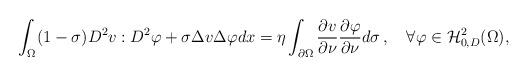
LaTeX: \begin{align*}\int_{\Omega}(1-\sigma)D^2 v:D^2\varphi +\sigma\Delta v\Delta\varphi dx=\eta\int_{\partial\Omega}\frac{\partial v}{\partial\nu}\frac{\partial\varphi}{\partial\nu} d\sigma\,,\ \ \ \forall\varphi\in \mathcal{H}^2_{0,D}(\Omega),\end{align*}